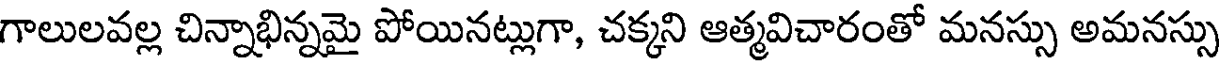
గాలులవల్ల చిన్నాభిన్నమై పోయినట్లుగా, చక్కని ఆత్మవిచారంతో మనస్సు అమనస్సు